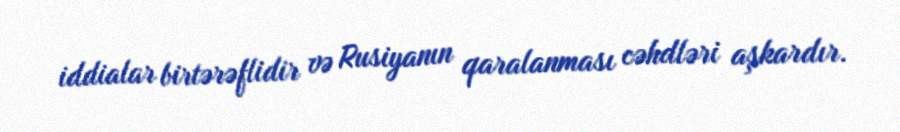
iddialar birtərəflidir və Rusiyanın qaralanması cəhdləri aşkardır.